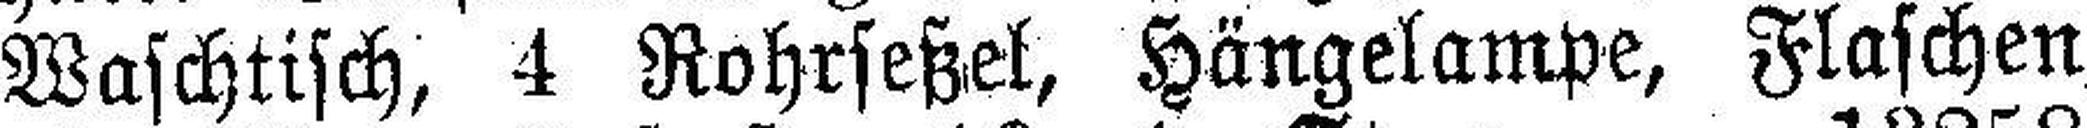
Waschtisch, 4 Rohrseßel, Hängelampe, Flaschen